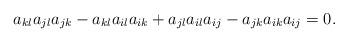
LaTeX: \begin{align*}a_{kl}a_{jl}a_{jk}-a_{kl}a_{il}a_{ik}+a_{jl}a_{il}a_{ij}-a_{jk}a_{ik}a_{ij}=0.\end{align*}